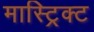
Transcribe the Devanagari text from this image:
मास्ट्रिक्ट